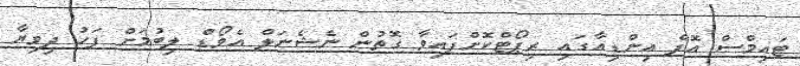
ޓައިމްސް އޮފް އިންޑިއާގައި ރިޕޯޓްކޮށްފައިވާ ގޮތުން ނެޝެނަލް އެވޯޑް ލިބުމަށް ފަހު ދިވިޔާ